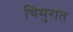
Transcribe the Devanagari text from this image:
चिमुरात